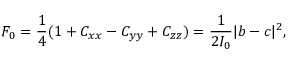
F _ { 0 } = { \frac { 1 } { 4 } } ( 1 + C _ { x x } - C _ { y y } + C _ { z z } ) = { \frac { 1 } { 2 I _ { 0 } } } | b - c | ^ { 2 } ,